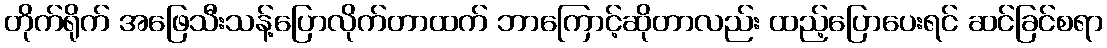
တိုက်ရိုက် အဖြေသီးသန့်ပြောလိုက်တာထက် ဘာကြောင့်ဆိုတာလည်း ထည့်ပြောပေးရင် ဆင်ခြင်စရာ